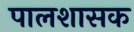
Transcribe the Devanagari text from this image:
पालशासक